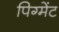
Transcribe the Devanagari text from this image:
पिग्मेंट